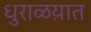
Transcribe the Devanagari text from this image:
धुराळय़ात